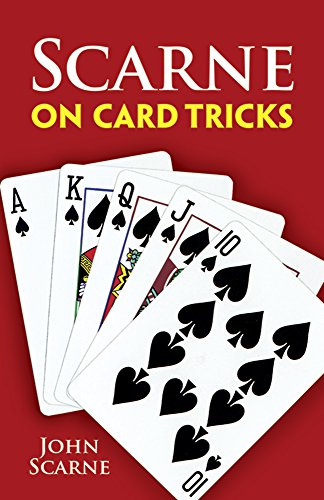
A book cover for Scarne on Card Tricks (Dover Magic Books); John Scarne; Humor & Entertainment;